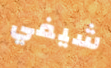
شيفي